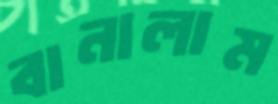
বানালাম